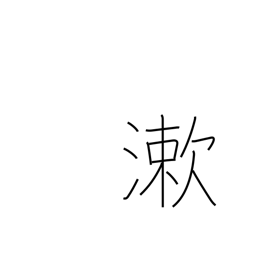
Meaning: rinse mouth